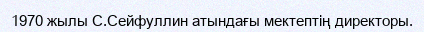
1970 жылы С.Сейфуллин атындағы мектептің директоры.